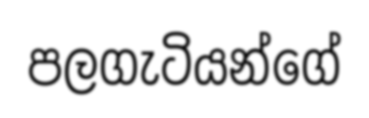
පලගැටියන්ගේ